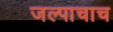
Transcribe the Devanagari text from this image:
जल्पाचाच